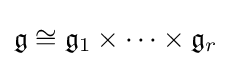
{\mathfrak {g}}\cong {\mathfrak {g}}_{1}\times \cdots \times {\mathfrak {g}}_{r}